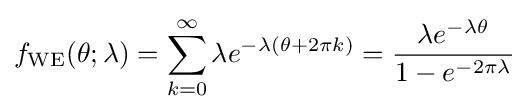
f_{\text{WE}}(\theta ;\lambda )=\sum _{k=0}^{\infty }\lambda e^{-\lambda (\theta +2\pi k)}={\frac {\lambda e^{-\lambda \theta }}{1-e^{-2\pi \lambda }}}